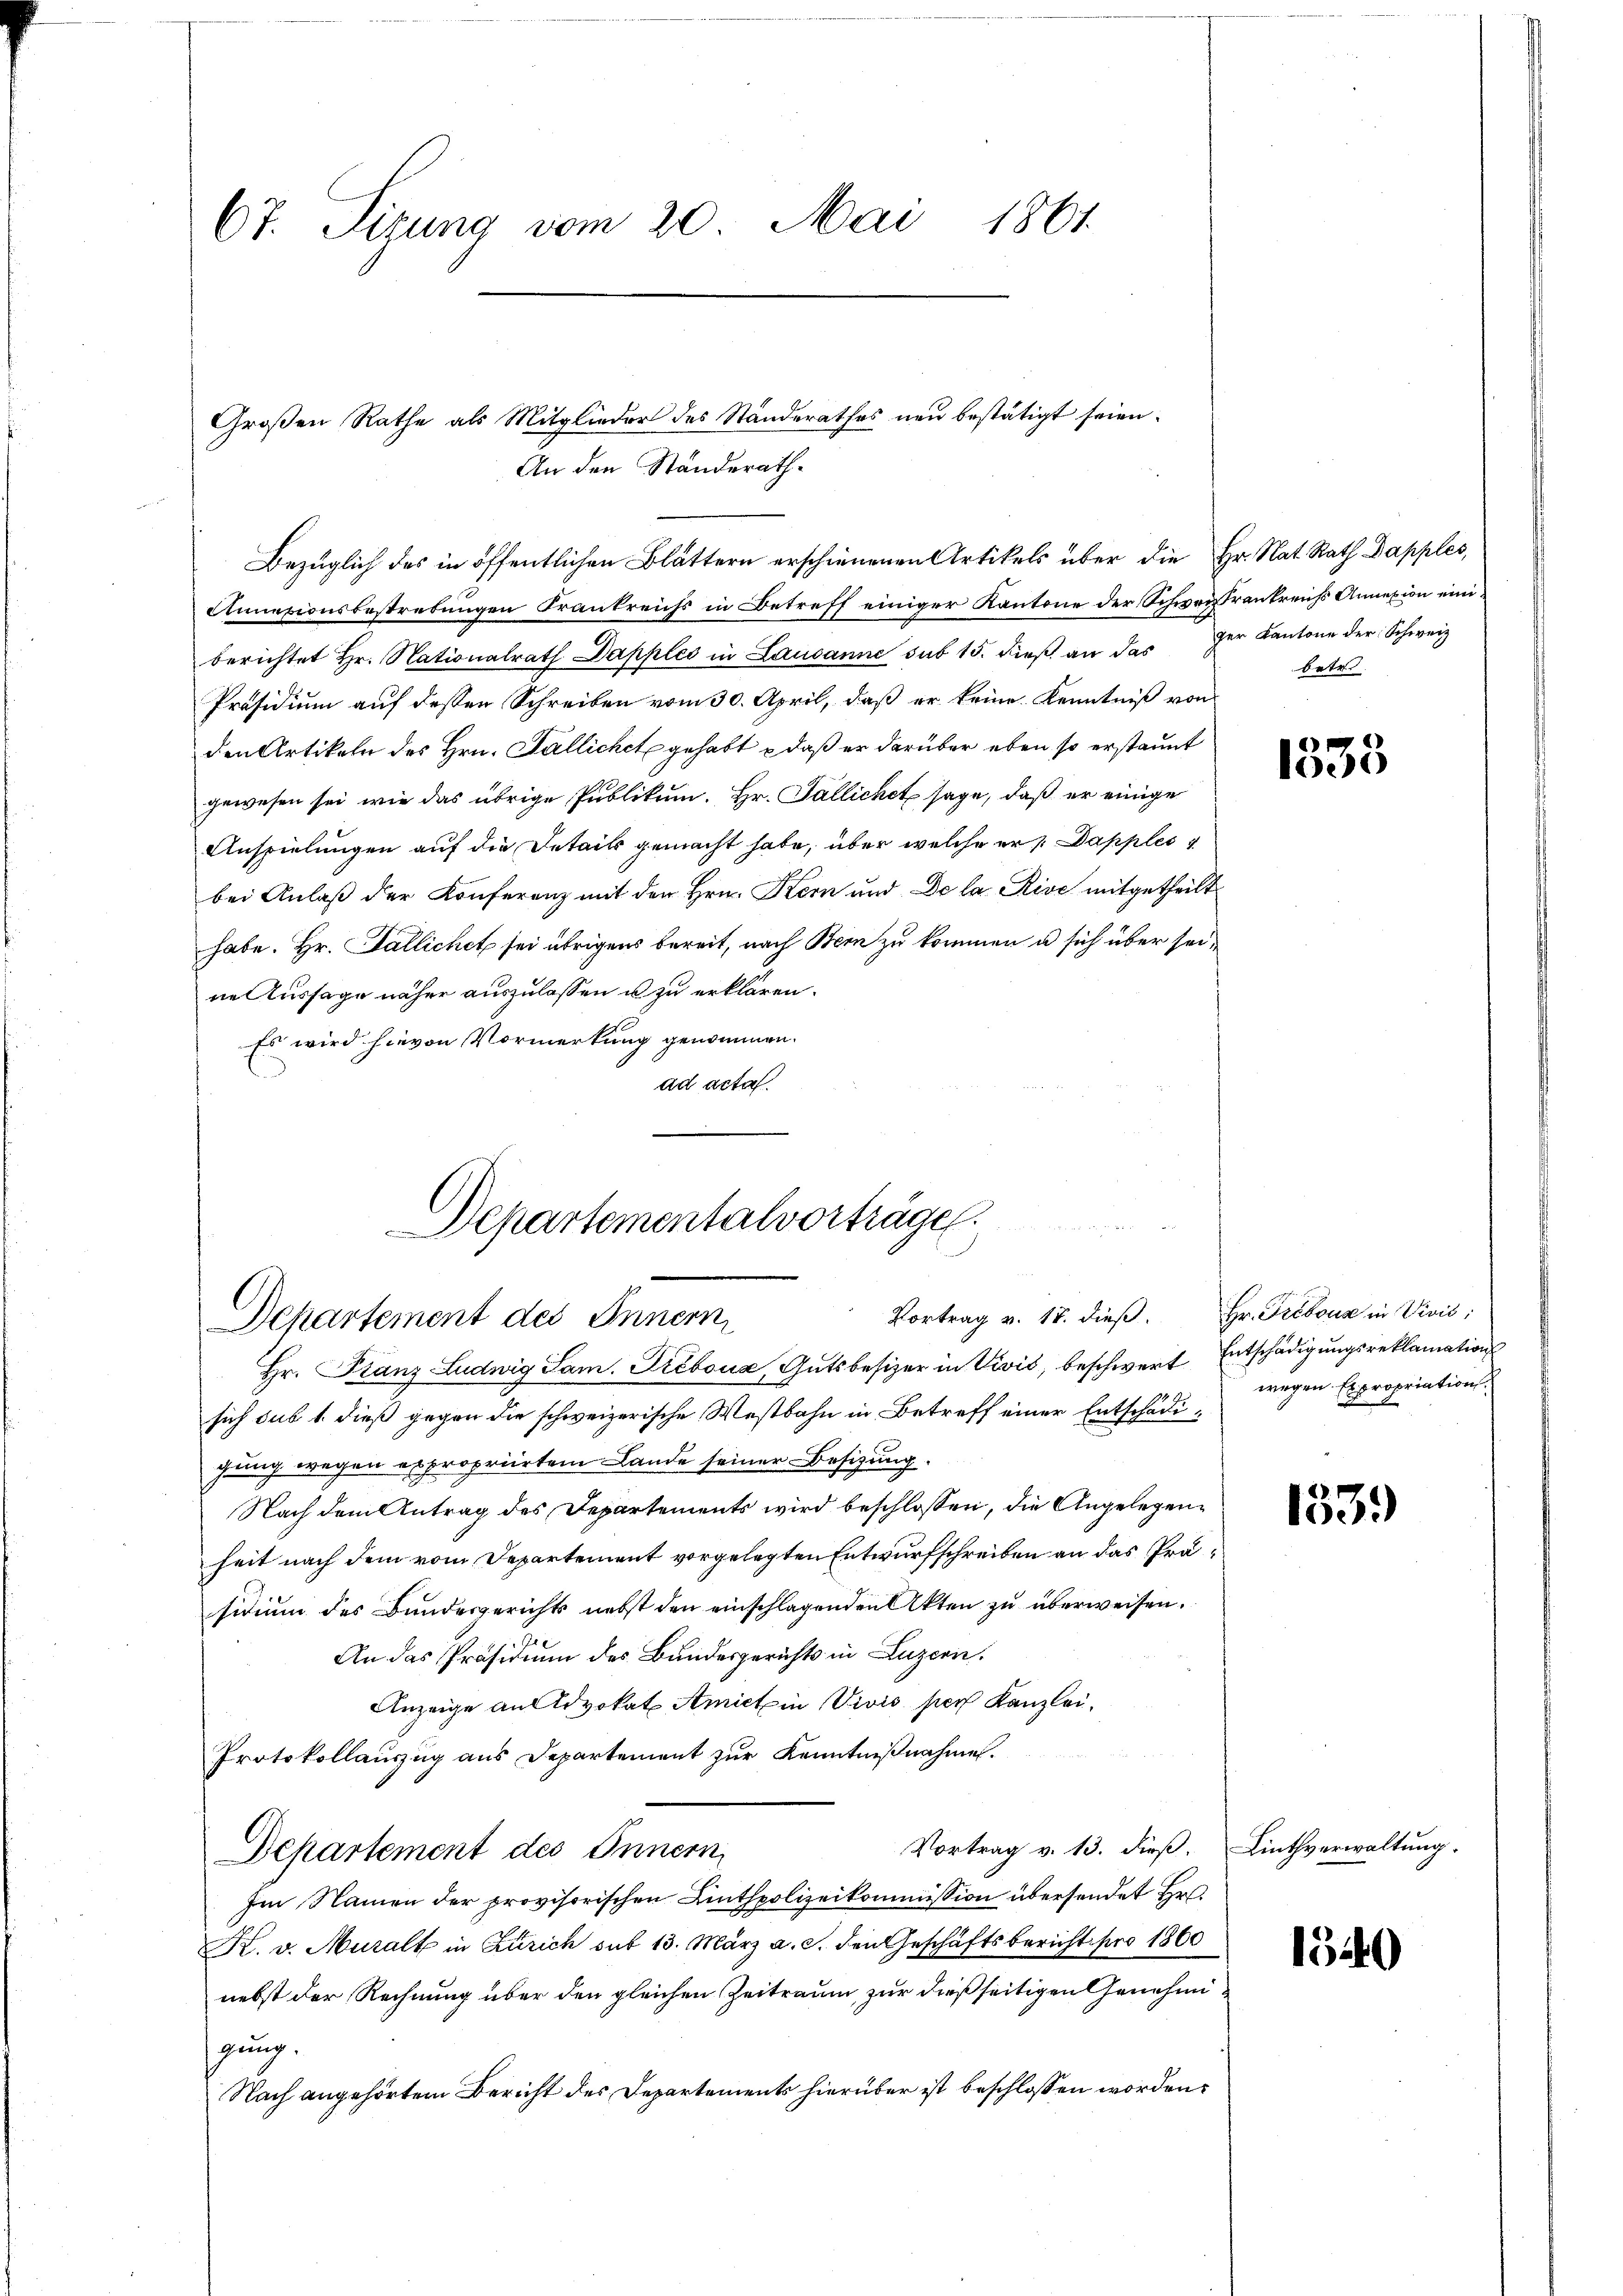
67. Sitzung vom 20. Mai 1861

Departementalvorträge.
Vortrag v. 18. dieß.
Departement des Innern,
Hr. Franz Ludwig Sam. Préboua, Gutsbesizer in Vivić, beschwert Entschädigungsreklamations

Großen Rathe als Mitglieder des Standerathes neu bestätigt seien.
An den Standerath¬
Annexionsbestrebungen Frankreichs in Betreff einiger Kantone der Schweis Trankreichs Annexion einiberichtet Hr. Nationalrath Dapples in Lausanne sub 15. dieß an das der Kantone der Schweiz
Präsidium auf dessen Schreiben vom 30. April, daß er keine Kenntniß von
den Artikeln des Hrn. Fallichet gehabt, daß er darüber eben so erstaunt
gewesen sei, wie das übrige Publikum. Hr. Fallichet sage, daß er einige
Anspielungen auf die Details gemacht habe, über welche er /: Dapples
bei Anlaß der Konferenz mit den Hrn. Kern und De la Rive mitgetheilt
habe. Hr. Pallichet sei übrigens bereit, nach Bern zu kommen u sich über seine Aussage näher auszulassen u zu erklären.
Es wird hievon Vormerkung genommen.
ad acta.

Bezüglich des in öffentlichen Blättern erschienenen Artikels über die Hr. Nat. Rath Dapples,

betr.

sich sub 1. dieß gegen die schweizerische Westbahn in Betreff einer Entschädigung wegen expropriirten Lande seiner Besizung.
Nach dem Antrag des Departements wird beschlossen, die Angelegenheit nach dem vom Departement vorgelegten Entwurfschreiben an das Präsidium des Bundesgerichts nebst den einschlagenden Akten zu überweisen.
An das Präsidium des Bundesgerichts in Luzern,
Anzeige an Advokat Amiete in Vivis per Kanzlei¬
Protokollauszug aus Departement zur Kenntnißnahme.
Vortrag v. 13. dieß. Linthverwaltung.
Departement des Innern,
Im Namen der provisorischen Linthpolizeikommission übersendet Hr.
K. v. Muralt in Zürich sub 13. März a. c. den Geschäftsbericht pro 1860
nebst der Rechnung über den gleichen Zeitraum, zur dießseitigen Genehmigung.
Nach angehörtem Bericht des Departements hierüber ist beschlossen worden,

1333

Hr. Fribous in Vivić:
wegen Expropriation.

1539

1340